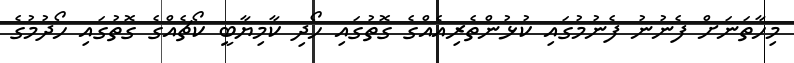
މިހާތަނަށް ފެނުނު ފެނުމުގައި ކުޅުންތެރިއެއްގެ ގޮތުގައި ހޯދި ކާމިޔާބީ ކޯޗެއްގެ ގޮތުގައި ހޯދުމުގެ